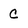
Character: c